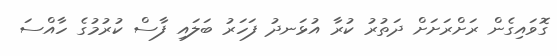
ގޮވައިގެން ރަށްރަށަށް ދަތުރު ކުރާ އުޅަނދު ފަހަރު ބަލައި ފާސް ކުރުމުގެ ހާއްސަ